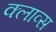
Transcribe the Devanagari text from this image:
क्लाव्स